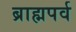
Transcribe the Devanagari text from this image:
ब्राह्मपर्व